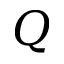
Q